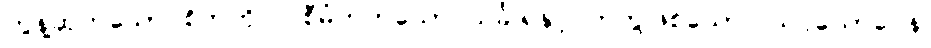
တွန့်ဆုတ်သော စိတ်ကို ပြုစီမံတတ်သော သင်္ခါရနှင့် တကွဖြစ်သော။ သပ္ပယောဂေန၊